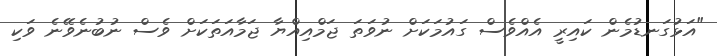
"އަޅުގަނޑުމެން ކައިރީ އެއްވެސް ގައުމަކަށް ނުވަތަ ޖަމްއިއްޔާ ޖަމާއަތަކަށް ވެސް ނުބުނެވޭނެ ވަކި